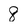
Character: 8